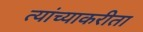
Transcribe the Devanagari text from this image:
त्यांच्याकरीता